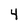
Character: 4